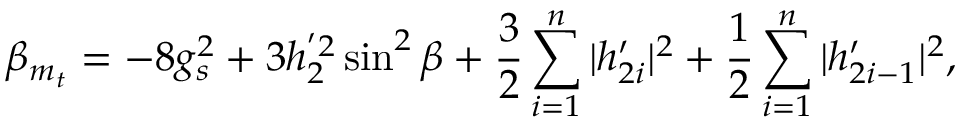
\beta _ { m _ { t } } = - 8 g _ { s } ^ { 2 } + 3 h _ { 2 } ^ { ' 2 } \sin ^ { 2 } \beta + \frac { 3 } { 2 } \sum _ { i = 1 } ^ { n } | h _ { 2 i } ^ { \prime } | ^ { 2 } + \frac { 1 } { 2 } \sum _ { i = 1 } ^ { n } | h _ { 2 i - 1 } ^ { \prime } | ^ { 2 } ,